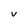
Character: v